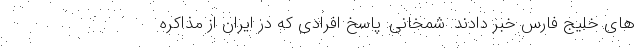
های خلیج فارس خبر دادند. شمخانی: پاسخ افرادی که در ایران از مذاکره